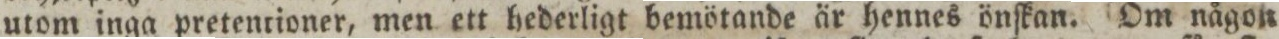
utom inga pretentioner, men ett hederligt bemötande är hennes önſkan. Om någon